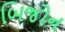
બિજોન